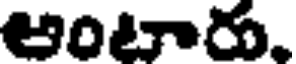
ఆంటారు,